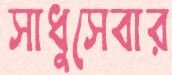
সাধুসেবার